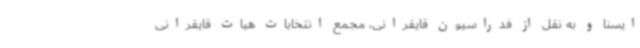
ایسنا و به نقل از فدراسیون قایقرانی، مجمع انتخابات هیات قایقرانی